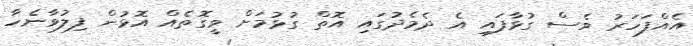
އެއްފަހަރު ވެސް ގުޅާފައި އެ ދެމެދުގައި އޮތް ގުޅުމަށް ވީގޮތެއް އޮޅުން ފިލުވާނެހާ